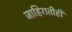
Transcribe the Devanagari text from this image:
जाहिरातीही